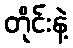
တိုင်းနဲ့